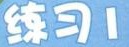
练习1